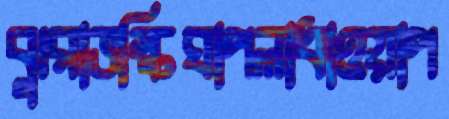
ঝুরাভস্কিঘাপলাধাওয়াপ